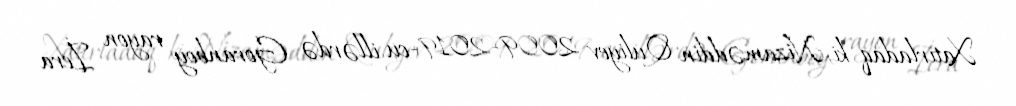
Xatırladaq ki, Nizaməddin Quliyev 2009-2019-cu illərdə Goranboy rayon İcra